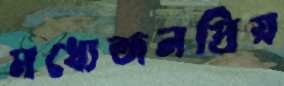
মধ্যেজনপ্রিয়